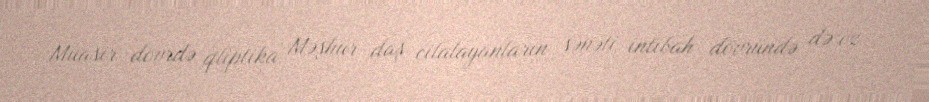
Müasir dövrdə qliptika Məşhur daş cilalayanların sənəti intibah dövründə də öz